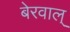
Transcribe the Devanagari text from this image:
बेरवाल्